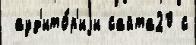
 ауд'ито́р'иjи сайта20 с